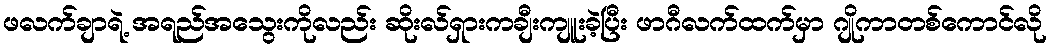
ဖလက်ချာရဲ့ အရည်အသွေးကိုလည်း ဆိုးလ်ရှားကချီးကျူးခဲ့ပြီး ဖာဂီလက်ထက်မှာ ဂျိုကာတစ်ကောင်လို